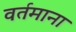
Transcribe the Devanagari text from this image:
वर्तमाना